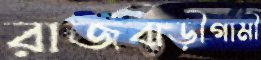
রাজবাড়ীগামী